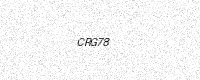
Text: CRG78